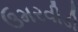
ઉમરવીડી